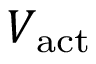
V _ { \mathrm { a c t } }